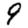
Digit: 9